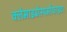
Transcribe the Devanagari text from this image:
क्लेमाइढोस्पर्मोफाइटा